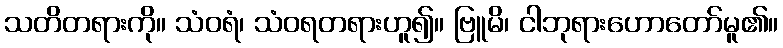
သတိတရားကို။ သံဝရံ၊ သံဝရတရားဟူ၍။ ဗြူမိ၊ ငါဘုရားဟောတော်မူ၏။